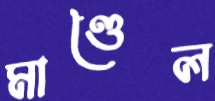
মাণ্ডৈল